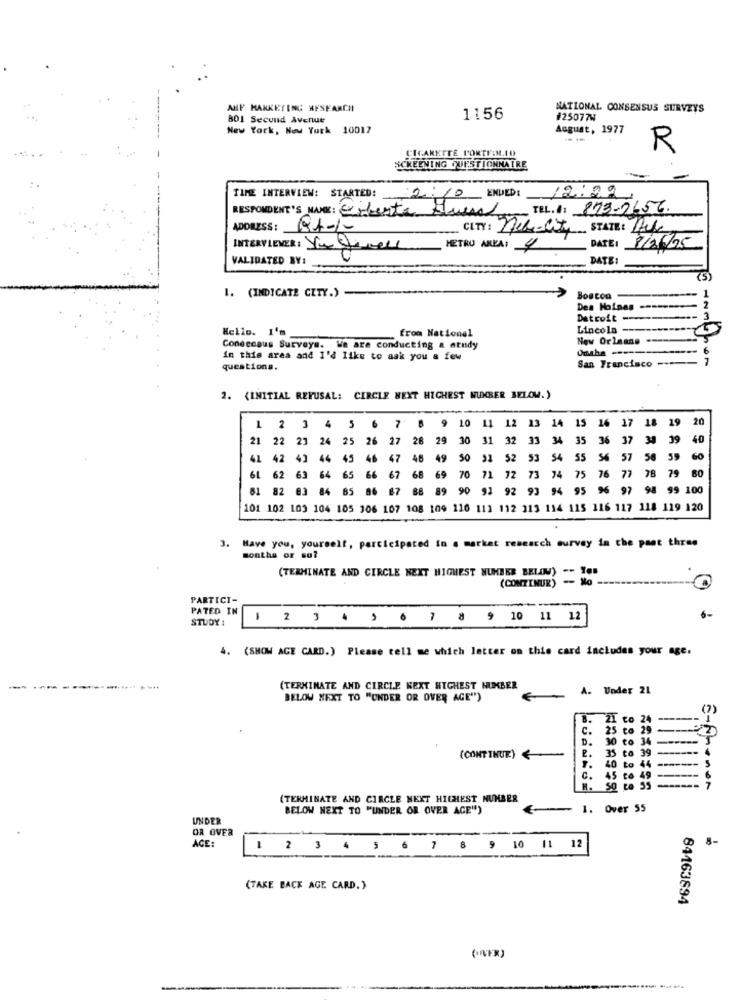
AHF MAXKETING HISEARCH
NATIONAL CONSENSUS SURVEYS
801 Second Avenue
1156
#25077W
New York, New York 10017
August, 1977
R
CIGARETTE PORTIIN.10
SCREENING QUESTIONNAIRE
TIME INTERVIEW: STARTED: 210
ENDED: 12:29
RESPONDENT'S NAME: Coberta Fuera TEL. : 873-2656.
ADDRESS: 19401-
CITY: nel City
STATE: Auk
INTERVIEWER: YouSmell
METRO AREA: 4
DATE:
8/06/25
VALIDATED BY:
DATE:
()
1. (INDICATE CITY.)
Boston
Des Moines ---------
Detroit --------
Hello. I'm
Lincola -
from National
New Orleans -
Coneccaus Surveys. We are conducting a study
----- 6
in this area and I'd like to ask you a few
San Francisco -----
G Hampton
questions.
2. (INITIAL REFUSAL: CIRCLE NEXT HIGHEST NUMBER BELOW.)
10
15
16
17 18 19 2
1 2 3 4 5 6 7
11 12 13 14
21 22 23 24 25 26 27 28
29
30
31
32
33 34
35 36
37 38 39 40
41 42 43 44 45 46 47 48 49 50 51
$2 53 54
55 56 57 56 59
60
61 62 63 64 65 66 67
68 69 70 71 72 73 74 75 76 77 78 79
60
81 82 83 84 85 86 87
8 89 90
91 92 93 94 95 96 97 98 99 100
101 102 103 104 105 106 107 108 109 110 111 112 313 114 115 116 117 118 119 120
3. Have you, yourself, participated in s market research survey in the past three
sonthe or so?
(TERMINATE AND CIRCLE NEXT HIGHEST NUMBER BELOW) -- TOS
(CONTINUE)
PARTICI-
PATED IN
6-
STUDY :
1 2 3 4 5 6 7 8 9 10 11 121
4. (SHOW AGE CARD.) Please tell me which letter on this card includes your age.
(TERMINATE AND CIRCLE NEXT HIGHEST NUMBER
A. Under 21
BELOW NEXT TO "UNDER OR OVER AGE")
21
2
C. 25 to 2
D.
30 to 34
(CONTINUE)
35 to 39 ------
1.
40 to 44 -----
C. 45 to 49 -
--
E-Amener
(TERMINATE AND CIRCLE NEXT HIGHEST NUMBER
BELOW NEXT TO "UNDER OR OVER AGE")
-
I. Over 55
UNDER
OR OVER
8-
ACE:
1 2 3 4 5 6 7 8 9 10 11 12
(TAKE BACK AGE CARD. )
84163894
("VFR)